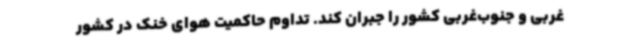
غربی و جنوب‌غربی کشور را جبران کند. تداوم حاکمیت هوای خنک در کشور